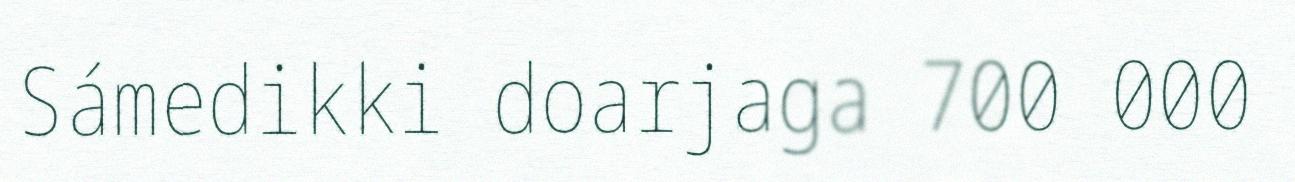
Sámedikki doarjaga 700 000